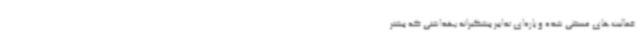
فعالیت‌های مستثنی شده و پاره‌ای تدابیر پیشگیرانه بهداشتی که پیشتر